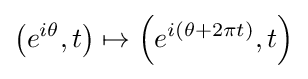
\left(e^{i\theta },t\right)\mapsto \left(e^{i\left(\theta +2\pi t\right)},t\right)